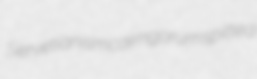
Servetianism cairngorum spitted